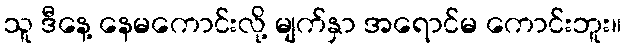
သူ ဒီနေ့ နေမကောင်းလို့ မျက်နှာ အရောင်မ ကောင်းဘူး။